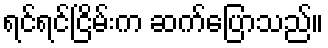
ရင်ရင်ငြိမ်းက ဆက်ပြောသည်။